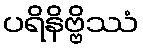
ပရိနိဗ္ဗိဿံ